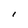
Character: l